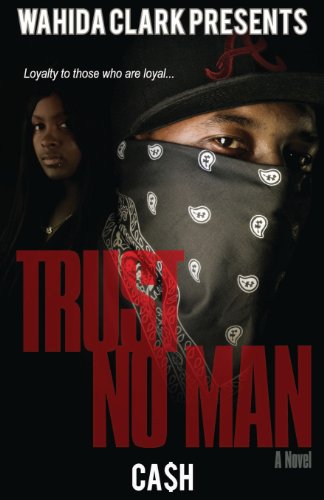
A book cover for Trust No Man (Wahida Clark Presents Publishing); Cash; Romance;